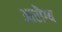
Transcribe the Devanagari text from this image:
आरॊग्य